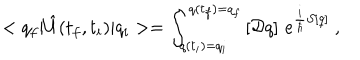
< q _ { f } | \hat { U } ( t _ { f } , t _ { i } ) | q _ { i } > = \int _ { q ( t _ { i } ) = q _ { i } } ^ { q ( t _ { f } ) = q _ { f } } \left[ { \cal D } q \right] \, e ^ { \frac { i } { \hbar } S [ q ] } \ ,